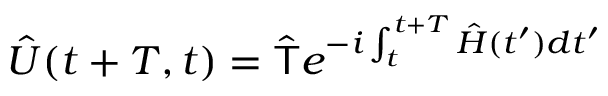
\hat { U } ( t + T , t ) = \hat { \mathsf { T } } e ^ { - i \int _ { t } ^ { t + T } \hat { H } ( t ^ { \prime } ) d t ^ { \prime } }